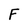
Character: F